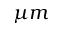
\mu { m }